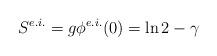
LaTeX: \begin{align*}S^{e.i.} = g\phi^{e.i.}(0) = \ln2 - \gamma\end{align*}